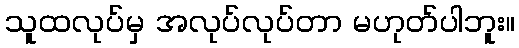
သူထလုပ်မှ အလုပ်လုပ်တာ မဟုတ်ပါဘူး။